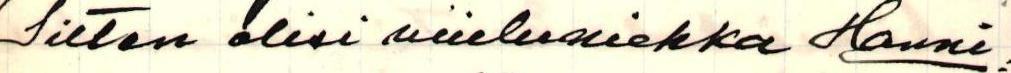
Sitten olisi viuluniekka Hanni=